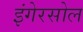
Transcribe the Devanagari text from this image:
इंगेरसोल